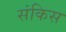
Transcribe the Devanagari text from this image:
संकिस